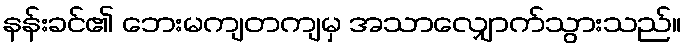
နန်းခင်၏ ဘေးမကျတကျမှ အသာလျှောက်သွားသည်။